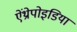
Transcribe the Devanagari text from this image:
ऐंथ्रोपोइडिया